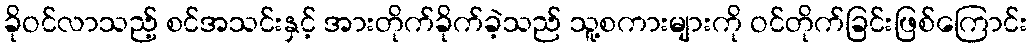
ခိုဝင်လာသည့် စင်အသင်းနှင့် အားတိုက်ခိုက်ခဲ့သည် သူ့စကားများကို ဝင်တိုက်ခြင်းဖြစ်ကြောင်း